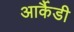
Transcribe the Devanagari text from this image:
आर्कैडी